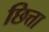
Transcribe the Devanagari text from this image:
छित्ता